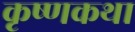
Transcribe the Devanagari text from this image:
कृष्णकथा